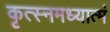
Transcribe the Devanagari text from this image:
कृत्स्नमध्यात्मं